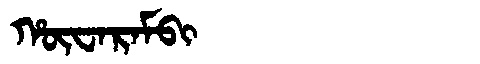
Manchu: ᡥᡡᠸᠠᡵᠠᠮᠪᡳ
Romanization: HŪWARAMBI